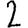
Digit: 2